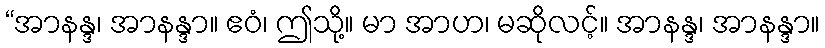
“အာနန္ဒ၊ အာနန္ဒာ။ ဧဝံ၊ ဤသို့။ မာ အာဟ၊ မဆိုလင့်။ အာနန္ဒ၊ အာနန္ဒာ။